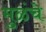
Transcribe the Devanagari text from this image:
मुळंचे